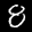
Label: 8